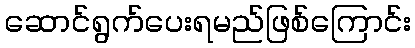
ဆောင်ရွက်ပေးရမည်ဖြစ်ကြောင်း